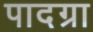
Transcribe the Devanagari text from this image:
पादग्रा